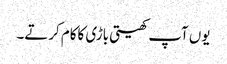
یوں آپ کھیتی باڑی کاکام کرتے۔